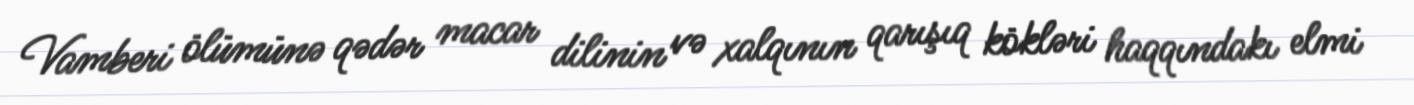
Vamberi ölümünə qədər macar dilinin və xalqının qarışıq kökləri haqqındakı elmi